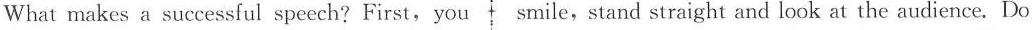
What makes a successful speech? First,you smile,stand straight and look at the audience. Do